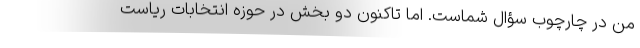
من در چارچوب سؤال شماست. اما تاکنون دو بخش در حوزه انتخابات ریاست